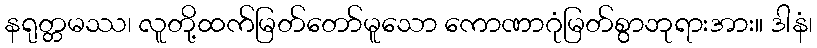
နရုတ္တမဿ၊ လူတို့ထက်မြတ်တော်မူသော ကောဏာဂုံမြတ်စွာဘုရားအား။ ဒါနံ၊